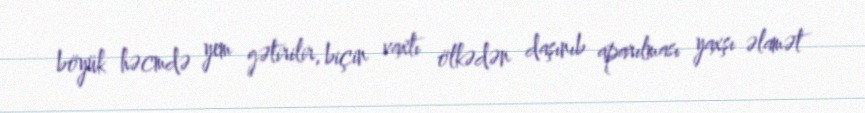
böyük həcmdə yem gətirilir, biçin vaxtı ölkədən daşınıb aparılması yaxşı əlamət